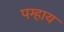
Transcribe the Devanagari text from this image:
पग्हाय